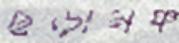
ছড়ামঞ্চ